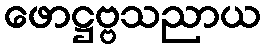
ဖောဋ္ဌဗ္ဗသညာယ